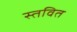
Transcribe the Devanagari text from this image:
स्तवित